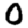
Digit: 0